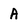
Character: A